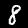
Digit: 8